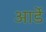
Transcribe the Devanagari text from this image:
आर्डे